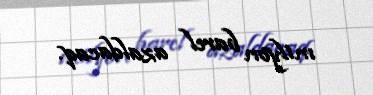
milyon barel azaldacaq.